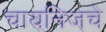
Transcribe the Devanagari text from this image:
चायनिजचे